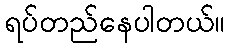
ရပ်တည်နေပါတယ်။